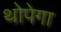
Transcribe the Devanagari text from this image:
थोपेगा